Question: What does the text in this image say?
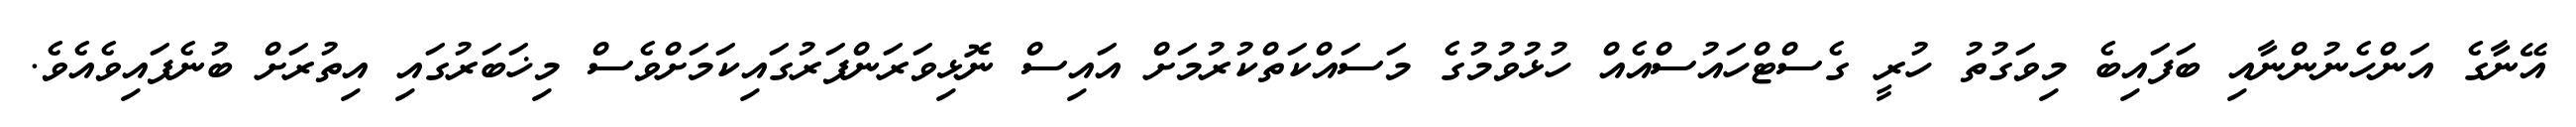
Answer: އޭނާގެ އަންހެނުންނާއި ބަފައިބެ މިވަގުތު ހުރީ ގެސްޓްހައުސްއެއް ހުޅުވުމުގެ މަސައްކަތްކުރުމަށް އައިސް ނޮޅިވަރަންފަރުގައިކަމަށްވެސް މިޚަބަރުގައި އިތުރަށް ބުނެފައިވެއެވެ.